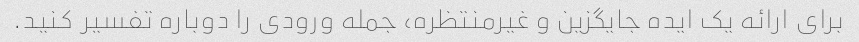
برای ارائه یک ایده جایگزین و غیرمنتظره، جمله ورودی را دوباره تفسیر کنید.